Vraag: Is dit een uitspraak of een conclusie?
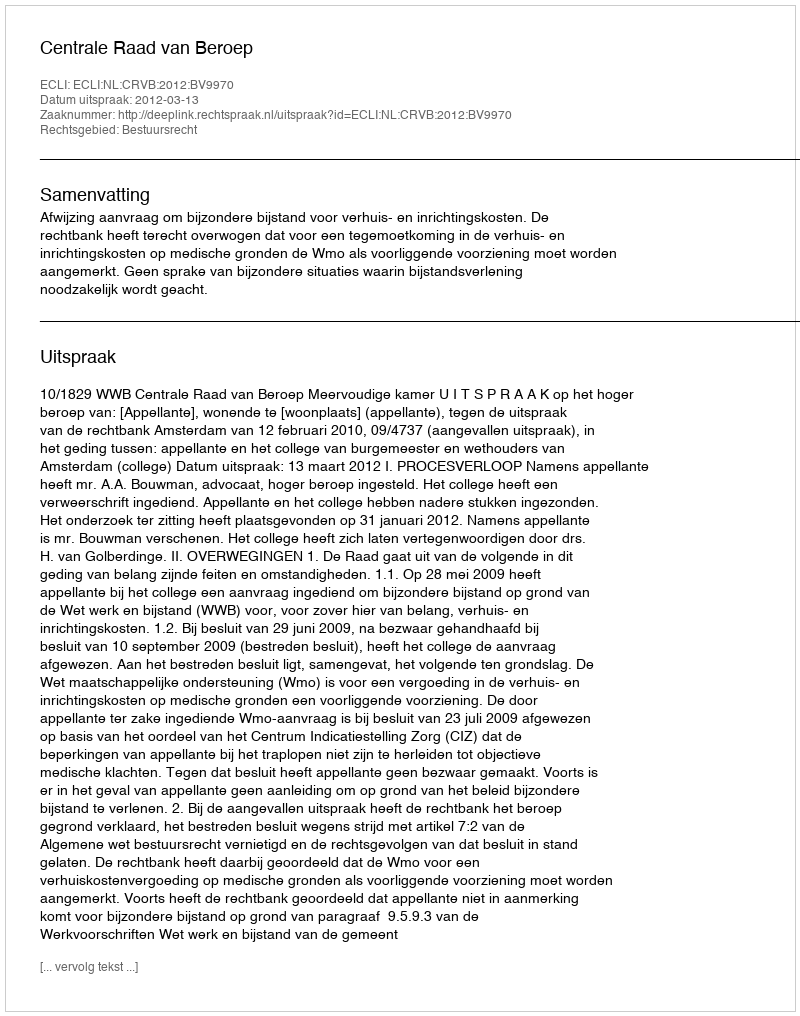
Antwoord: Uitspraak